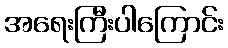
အရေးကြီးပါကြောင်း